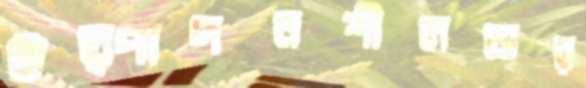
উত্পাদনশীলতার